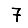
Digit: 7